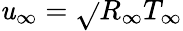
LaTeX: \mathit{u}_{\infty}=\sqrt{}{{R_{\infty}T_{\infty}}}